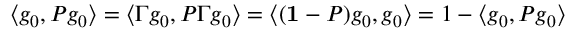
\langle g _ { 0 } , P g _ { 0 } \rangle = \langle \Gamma g _ { 0 } , P \Gamma g _ { 0 } \rangle = \langle ( { \bf 1 } - P ) g _ { 0 } , g _ { 0 } \rangle = 1 - \langle g _ { 0 } , P g _ { 0 } \rangle